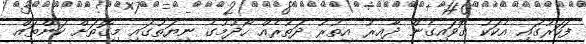
ފަހަރުގައި އެކަކު ގޮވައިގެން ދާއިރު އިތުރު ދަތުރެއް ހޯދުމުގެ ނިޔަތުގައި މިގޮތަށް ކަންތައް